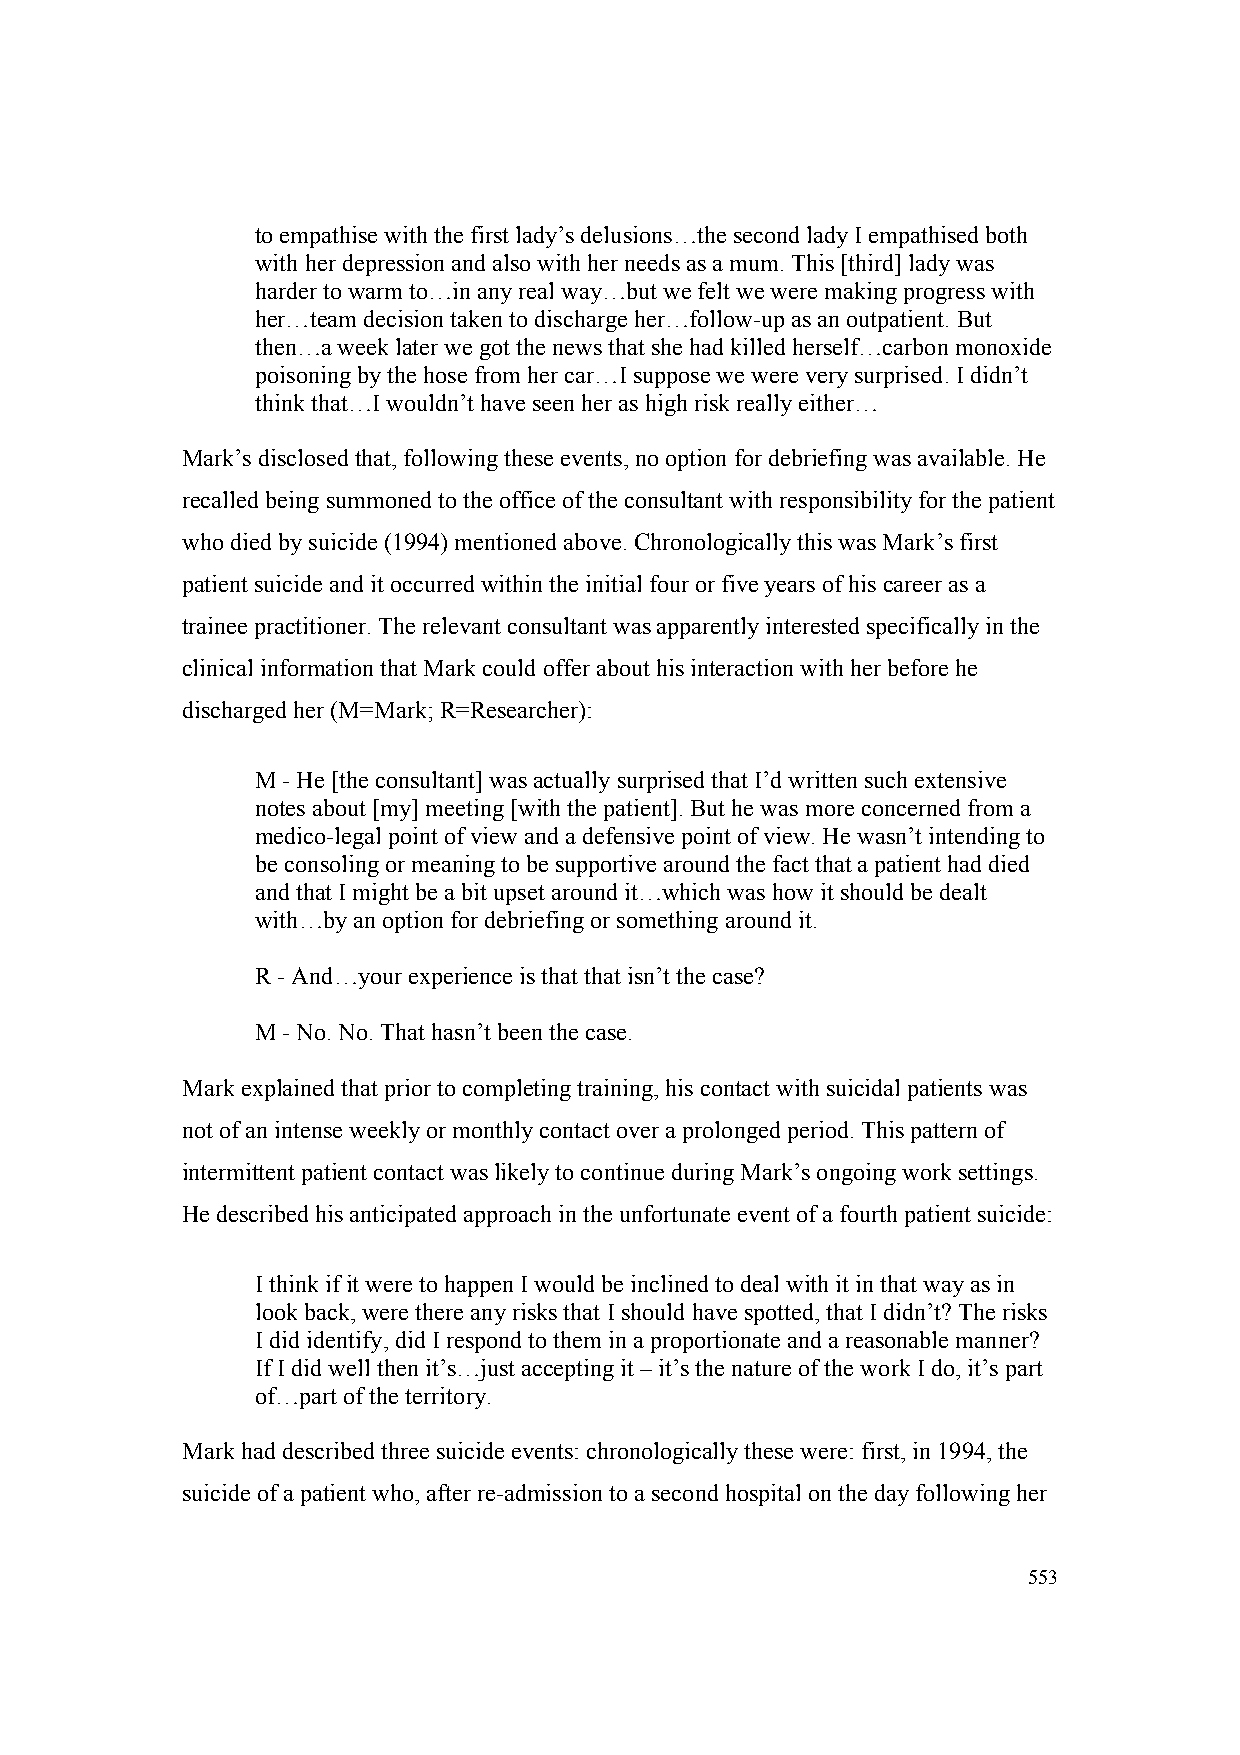
to empathise with the first lady’s delusions…the second lady I empathised both
 with her depression and also with her needs as a mum. This [third] lady was
 harder to warm to…in any real way…but we felt we were making progress with
 her…team decision taken to discharge her…follow-up as an outpatient. But
 then…a week later we got the news that she had killed herself…carbon monoxide
 poisoning by the hose from her car…I suppose we were very surprised. I didn’t
 think that…I wouldn’t have seen her as high risk really either…
 Mark’s disclosed that, following these events, no option for debriefing was available. He
 recalled being summoned to the office of the consultant with responsibility for the patient
 who died by suicide (1994) mentioned above. Chronologically this was Mark’s first
 patient suicide and it occurred within the initial four or five years of his career as a
 trainee practitioner. The relevant consultant was apparently interested specifically in the
 clinical information that Mark could offer about his interaction with her before he
 discharged her (M=Mark; R=Researcher):
 M - He [the consultant] was actually surprised that I’d written such extensive
 notes about [my] meeting [with the patient]. But he was more concerned from a
 medico-legal point of view and a defensive point of view. He wasn’t intending to
 be consoling or meaning to be supportive around the fact that a patient had died
 and that I might be a bit upset around it…which was how it should be dealt
 with…by an option for debriefing or something around it.
 R - And…your experience is that that isn’t the case?
 M - No. No. That hasn’t been the case.
 Mark explained that prior to completing training, his contact with suicidal patients was
 not of an intense weekly or monthly contact over a prolonged period. This pattern of
 intermittent patient contact was likely to continue during Mark’s ongoing work settings.
 He described his anticipated approach in the unfortunate event of a fourth patient suicide:
 I think if it were to happen I would be inclined to deal with it in that way as in
 look back, were there any risks that I should have spotted, that I didn’t? The risks
 I did identify, did I respond to them in a proportionate and a reasonable manner?
 If I did well then it’s…just accepting it – it’s the nature of the work I do, it’s part
 of…part of the territory.
 Mark had described three suicide events: chronologically these were: first, in 1994, the
 suicide of a patient who, after re-admission to a second hospital on the day following her
 553